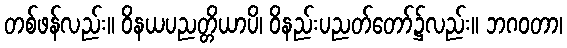
တစ်ဖန်လည်း။ ဝိနယပညတ္တိယာပိ၊ ဝိနည်းပညတ်တော်၌လည်း။ ဘဂဝတာ၊